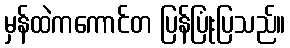
မှန်ထဲကကောင်တ ပြန်ပြုံးပြသည်။